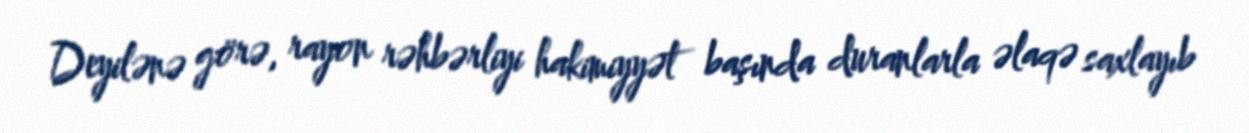
Deyilənə görə, rayon rəhbərliyi hakimiyyət başında duranlarla əlaqə saxlayıb